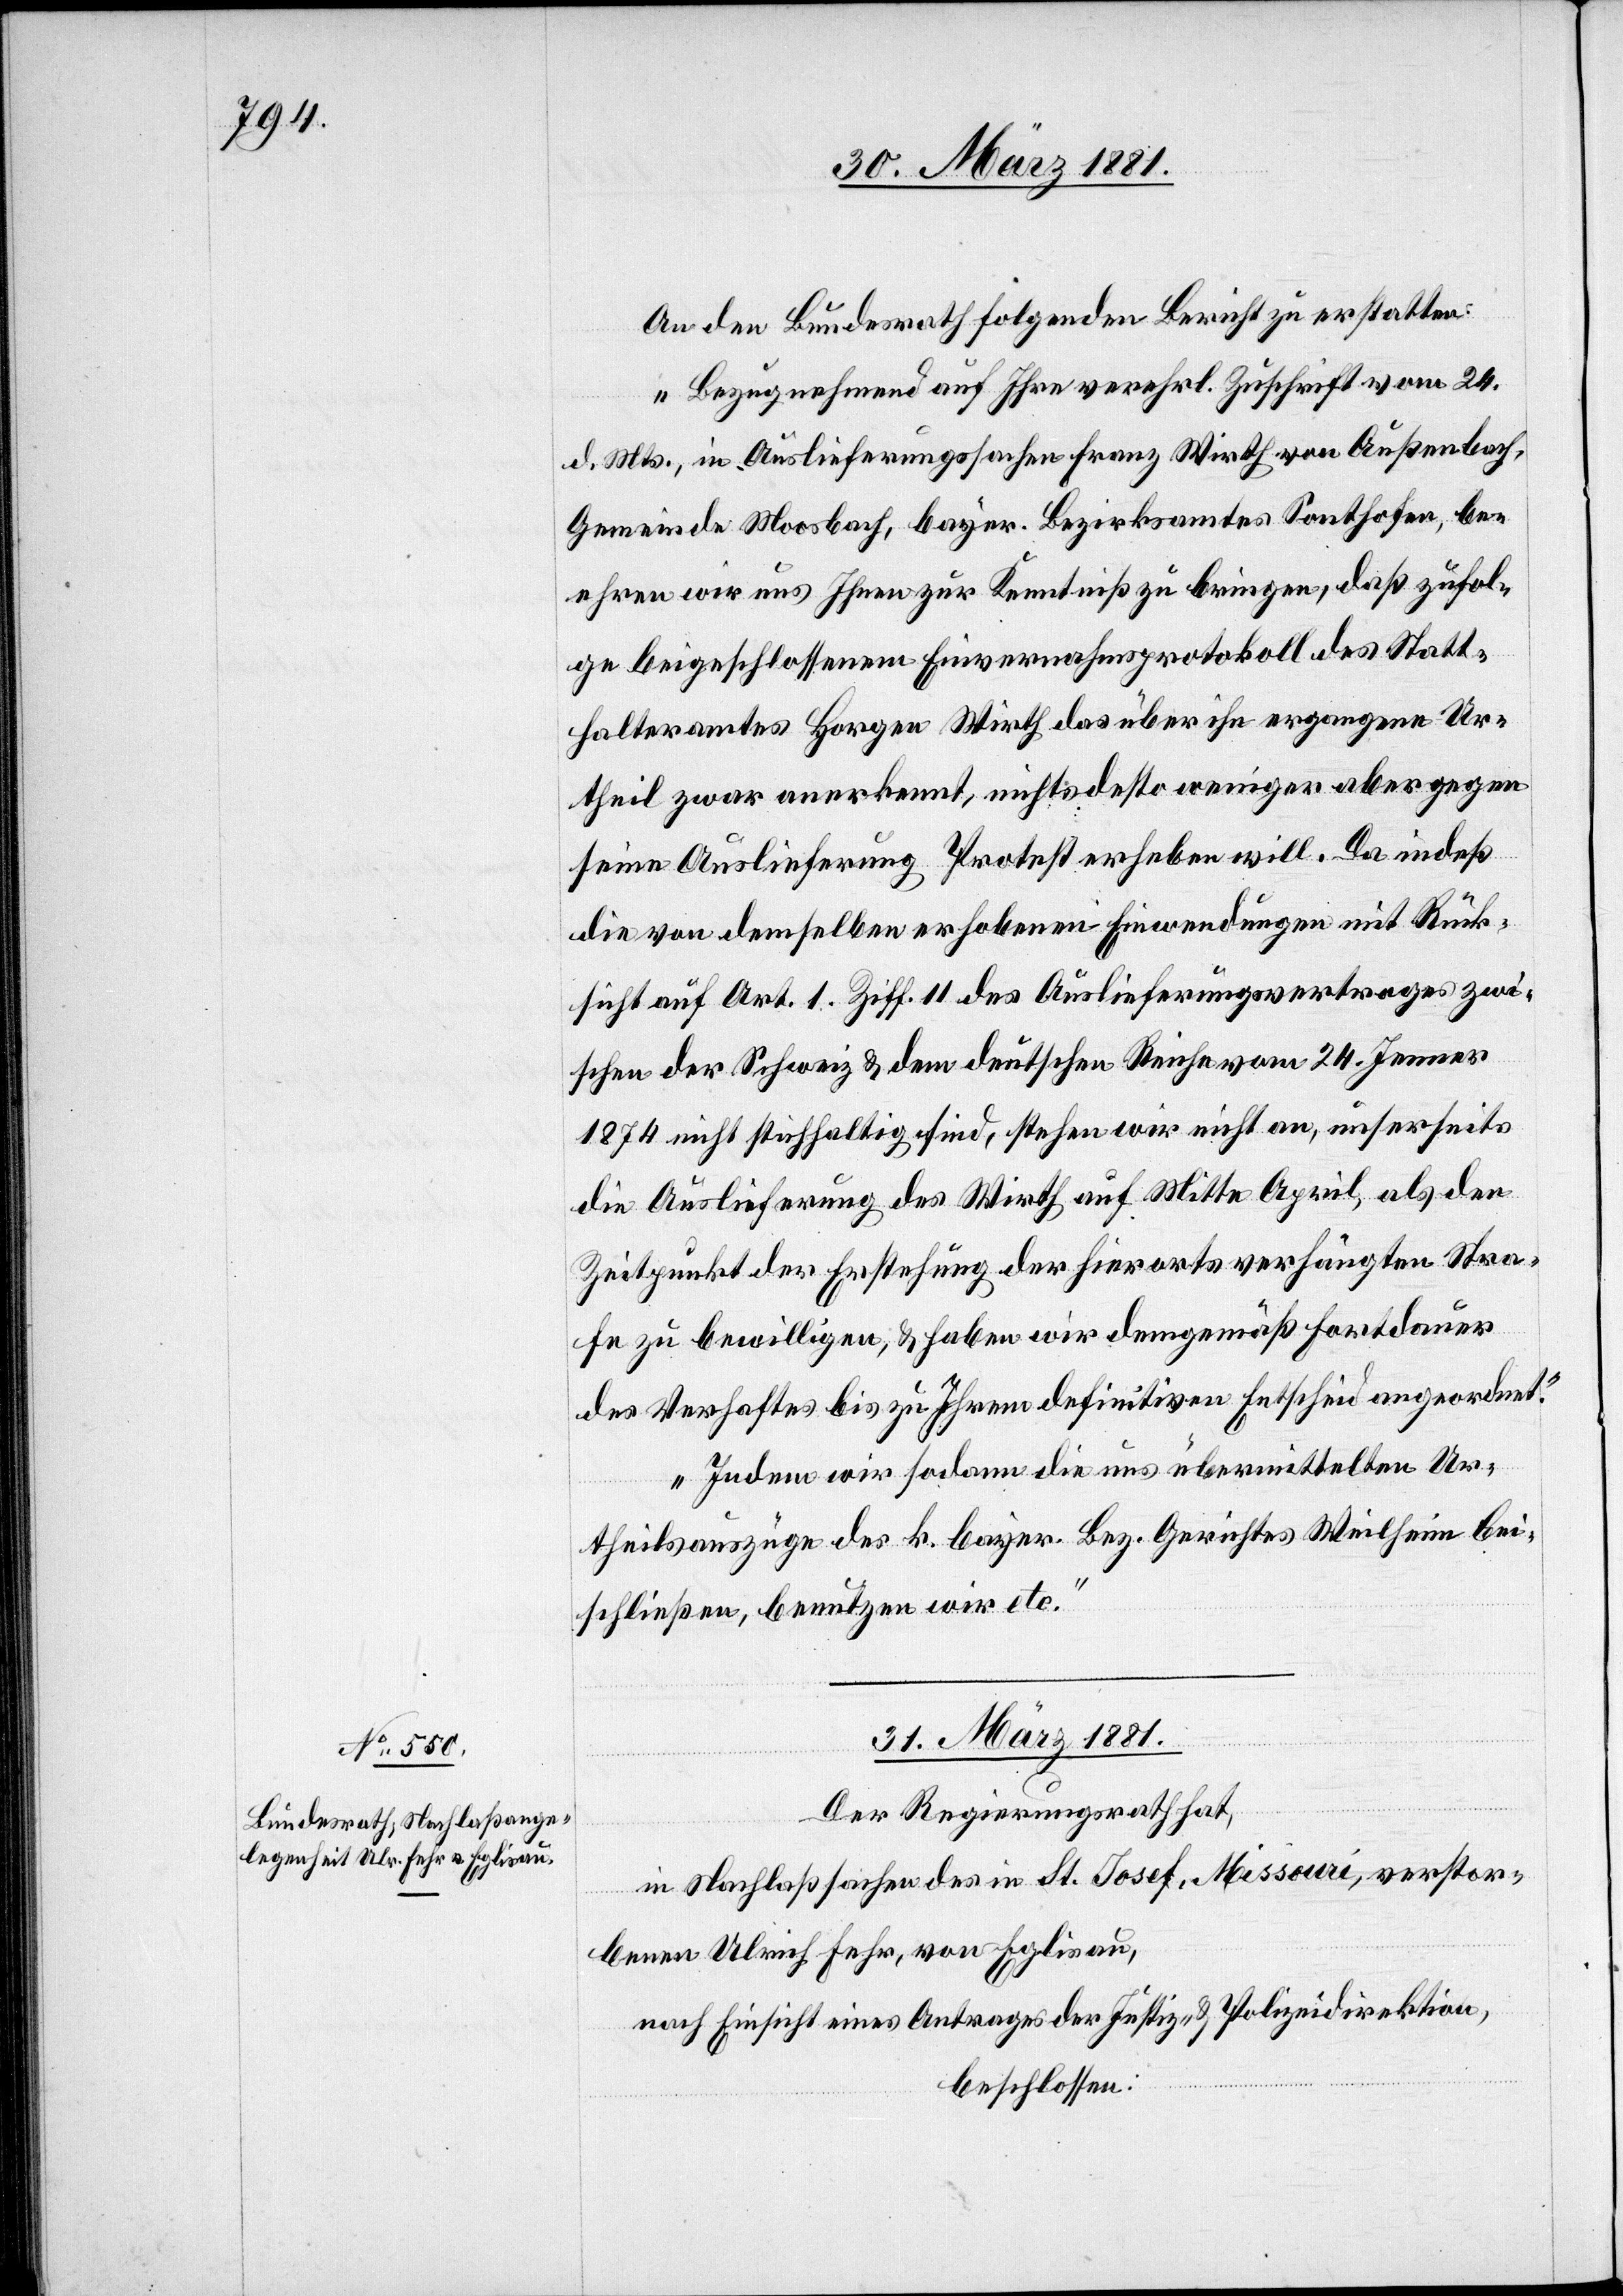
An den Bundesrath folgenden Bericht zu erstatten:
„Bezugnehmend auf Ihre verehrl. Zuschrift vom 24.
d. Mts., in Auslieferungssachen Franz Wirth von Außenbach,
Gemeinde Moosbach, bayer. Bezirksamtes Sonthofen, be¬
ehren wir uns Ihnen zur Kenntniß zu bringen, daß zufol¬
ge beigeschlossenem Einvernahmsprotokoll des Statt¬
halteramtes Horgen Wirth das über ihn ergangene Ur¬
theil zwar anerkennt, nichts desto weniger aber gegen
seine Auslieferung Protest erheben will. Da indeß
die von demselben erhobenen Einwendungen mit Rück¬
sicht auf Art. 1. Ziff. 11 des Auslieferungsvertrages zwi¬
schen der Schweiz & dem deutschen Reiche vom 24. Jenner
1874 nicht stichhaltig sind, stehen wir nicht an, unserseits
die Auslieferung des Wirth auf Mitte April, als den
Zeitpunkt der Erstehung der hierorts verhängten Stra¬
fe zu bewilligen, & haben wir demgemäß Fortdauer
des Verhaftes bis zu Ihrem definitiven Entscheid angeordnet.
Indem wir sodann die uns übermittelten Ur¬
theilsauszüge des k. bayer. Bez. Gerichtes Weilheim bei¬
schließen, benutzen wir etc.“
31. März 1881.
Der Regierungsrath hat,
in Nachlaßsachen des in St. Josef, Missouri, verstor¬
benen Ulrich Fehr, von Eglisau,
nach Einsicht eines Antrages der Justiz- & Polizeidirektion,
beschlossen: